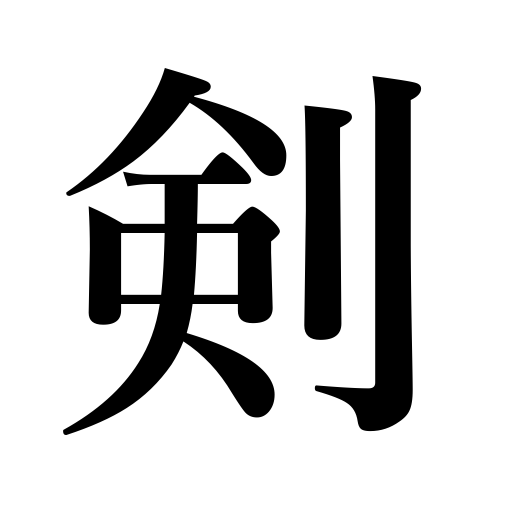
Meanings: clock hand,bayonet,blade,sting,sword,saber